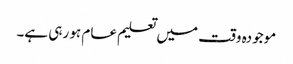
موجودہ وقت میں تعلیم عام ہو رہی ہے۔